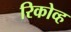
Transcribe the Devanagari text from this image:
रिकोव्ह